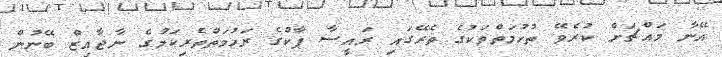
އޭނާ މައްޗަށް ކުރެވޭ ތުހުމަތްތަކުގެ ތެރޭގައި ރައީސާ ޕާކްގެ ރަހުމަތްތެރިކަމުގެ ނާޖާއިޒް ބޭނުން